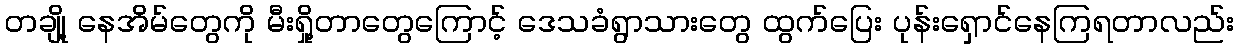
တချို့ နေအိမ်တွေကို မီးရှို့တာတွေကြောင့် ဒေသခံရွာသားတွေ ထွက်ပြေး ပုန်းရှောင်နေကြရတာလည်း